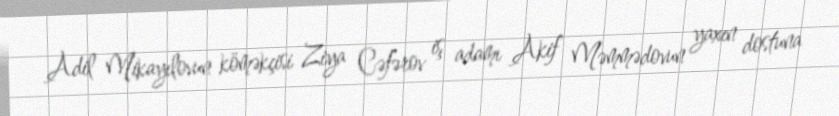
Adil Mikayılovun köməkçisi Ziya Cəfərov iş adamı Akif Məmmədovun yaxın dostuna